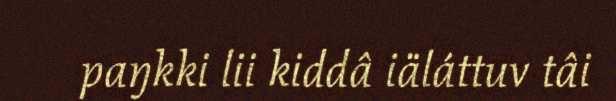
paŋkki lii kiddâ iäláttuv tâi